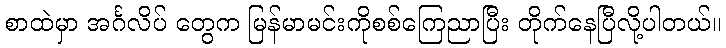
စာထဲမှာ အင်္ဂလိပ် တွေက မြန်မာမင်းကိုစစ်ကြေညာပြီး တိုက်နေပြီလို့ပါတယ်။